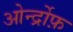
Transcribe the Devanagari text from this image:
ओर्न्द्रोफ़